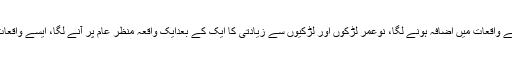
معاشرے میں اخلاقی اقدار دم توڑنے لگیں، جنسی بے راہ روی کے واقعات میں اضافہ ہونے لگا، نوعمر لڑکوں اور لڑکیوں سے زیادتی کا ایک کے بعدایک واقعہ منظر عام پر آنے لگا، ایسے واقعات کی روک تھام کیلئے سبھی کو اپنی آنکھیں کھلی رکھنا ہوں گی۔